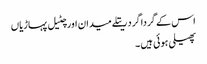
اس کے گردا گرد ریتلے میدان اور چٹیل پہاڑیاں
پھیلی ہوئی ہیں ۔